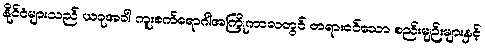
နိုင်ငံများသည် ယခုအခါ ကူးစက်ရောဂါအကြိုကာလတွင် တရားဝင်သော စည်းမျဉ်းများနှင့်